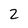
Character: 2